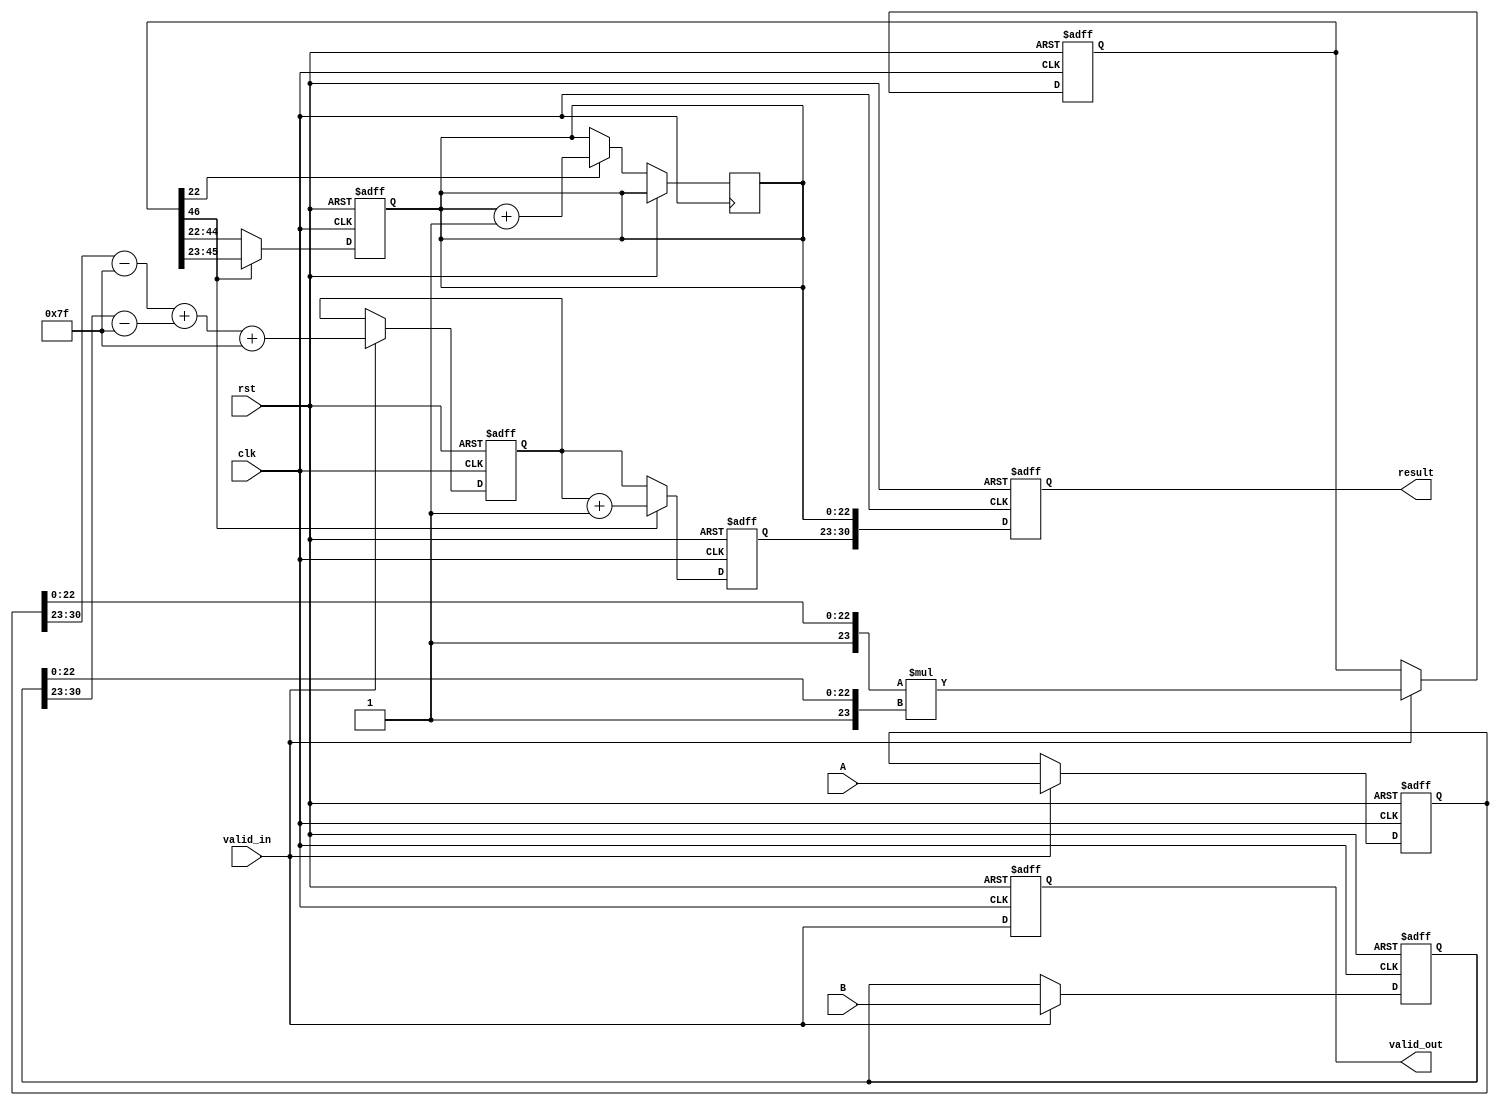
module pipelined_fp_multiplier(
    input clk,
    input rst,
    input [31:0] A,
    input [31:0] B,
    input valid_in,
    output reg [31:0] result,
    output reg valid_out
);

    // Pipeline registers
    reg [31:0] A_reg, B_reg;
    reg [1:0] sign;
    reg [7:0] exponent;
    reg [46:0] mantissa;
    reg [7:0] exponent_out;
    reg [22:0] mantissa_out;
    reg sign_out;

    // Constants
    localparam BIAS = 8'd127;

    // Stage 1: Input and Decomposition
    always @(posedge clk or posedge rst) begin
        if (rst) begin
            A_reg <= 32'd0;
            B_reg <= 32'd0;
        end else if (valid_in) begin
            A_reg <= A;
            B_reg <= B;
        end
    end

    // Stage 2: Sign and Exponent Calculation
    always @(posedge clk or posedge rst) begin
        if (rst) begin
            sign <= 2'b0;
            exponent <= 8'd0;
        end else if (valid_in) begin
            sign <= {A_reg[31], B_reg[31]} ^ 1'b1; // XOR for sign
            exponent <= (A_reg[30:23] - BIAS) + (B_reg[30:23] - BIAS) + BIAS; // Exponent calculation
        end
    end

    // Stage 3: Mantissa Multiplication
    always @(posedge clk or posedge rst) begin
        if (rst) begin
            mantissa <= 47'd0;
        end else if (valid_in) begin
            mantissa <= {1'b1, A_reg[22:0]} * {1'b1, B_reg[22:0]}; // Implicit leading 1
        end
    end

    // Stage 4: Normalization
    always @(posedge clk or posedge rst) begin
        if (rst) begin
            exponent_out <= 8'd0;
            mantissa_out <= 23'd0;
        end else begin
            // Normalize mantissa
            if (mantissa[46]) begin
                mantissa_out <= mantissa[45:23]; // Shift right
                exponent_out <= exponent + 1; // Increment exponent
            end else begin
                mantissa_out <= mantissa[44:22]; // Already normalized
                exponent_out <= exponent; 
            end
        end
    end

    // Stage 5: Rounding and Output Assembly
    always @(posedge clk or posedge rst) begin
        if (rst) begin
            result <= 32'd0;
            valid_out <= 1'b0;
        end else begin
            // Rounding (simple round to nearest even)
            if (mantissa[22]) begin // Check if last bit is 1
                mantissa_out <= mantissa_out + 1; // Round up
            end
            // Assemble the result
            result <= {sign_out, exponent_out[7:0], mantissa_out[22:0]}; // Combine sign, exponent, mantissa
            valid_out <= valid_in; // Output valid signal
        end
    end

endmodule